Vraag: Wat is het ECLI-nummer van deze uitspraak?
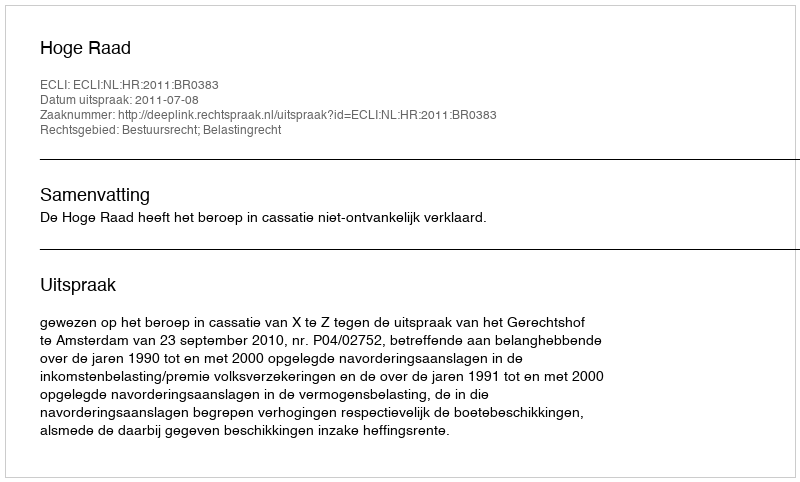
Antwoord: ECLI:NL:HR:2011:BR0383